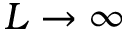
L \rightarrow \infty